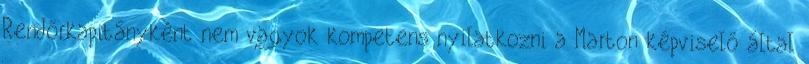
Rendőrkapitányként nem vagyok kompetens nyilatkozni a Marton képviselő által